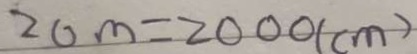
2 0 m = 2 0 0 0 ( c m )